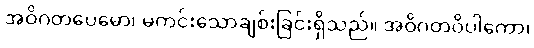
အဝိဂတပေမော၊ မကင်းသောချစ်းခြင်းရှိသည်။ အဝိဂတဝိပါကော၊